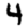
Digit: 4